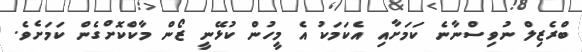
ބްރެޒިލް ނުވިސްނާނެ ކަމަށާއި އެކަމަކު އެ މީހުން ކުޅޭނީ ޒޯން މާކްކޮށްގެން ކަމަށެވެ.